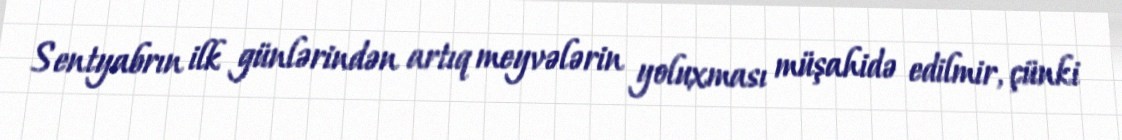
Sentyabrın ilk günlərindən artıq meyvələrin yoluxması müşahidə edilmir, çünki